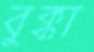
বুক্কা